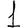
Digit: 1